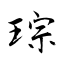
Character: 琮